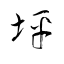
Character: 坪